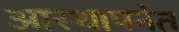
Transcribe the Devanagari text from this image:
आस्थापनेत